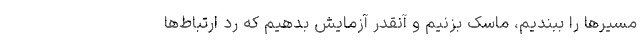
مسیرها را ببندیم، ماسک بزنیم و آنقدر آزمایش بدهیم که رد ارتباط‌ها